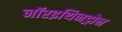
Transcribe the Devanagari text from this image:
नॉरइथिनड्रोन